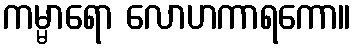
ကမ္မာရော လောဟကာရကော။